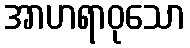
အာဟရာဝုသော